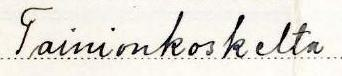
Tainionkoskelta